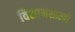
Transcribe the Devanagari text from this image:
विशानशास्त्रों